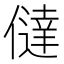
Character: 㒓